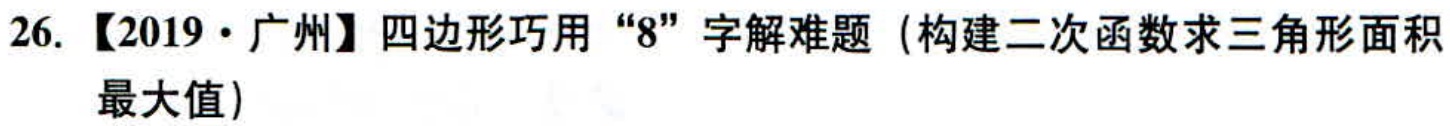
26. 【2019·广州】四边形巧用“8”字解难题（构建二次函数求三角形面积最大值）